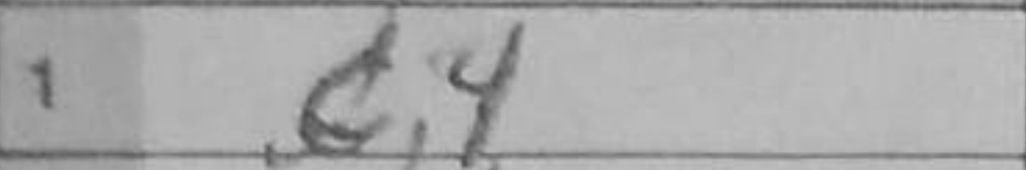
Transcription: c4